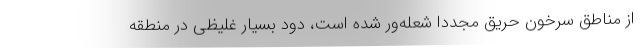
از مناطق سرخون حریق مجددا شعله‌ور شده است، دود بسیار غلیظی در منطقه